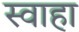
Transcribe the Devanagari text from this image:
स्‍वाहा